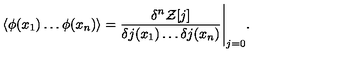
\langle \phi ( x _ { 1 } ) \dots \phi ( x _ { n } ) \rangle = \frac { \delta ^ { n } { \cal Z } [ j ] } { \delta j ( x _ { 1 } ) \dots \delta j ( x _ { n } ) } \Bigg | _ { j = 0 } .